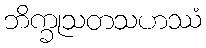
ဘိက္ခုသတသဟဿံ